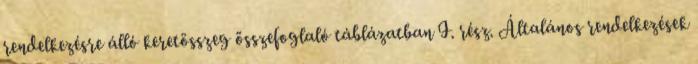
rendelkezésre álló keretösszeg összefoglaló táblázatban I. rész. Általános rendelkezések